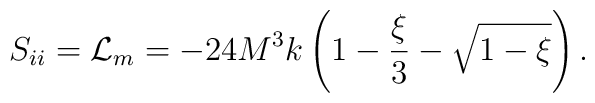
S_{ii} = {\cal L}_m = -24 M^3 k \left(1 - \frac{\xi}{3} - \sqrt{1 - \xi}\right).